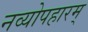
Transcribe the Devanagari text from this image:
नव्योपहारम्